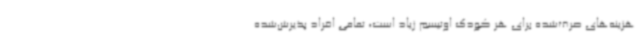
هزینه‌های صرف‌شده برای هر کودک اوتیسم زیاد است، تمامی افراد پذیرش‌شده